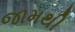
જામથી